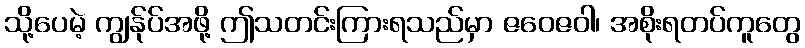
သို့ပေမဲ့ ကျွန်ုပ်အဖို့ ဤသတင်းကြားရသည်မှာ ဇဝေဇဝါ၊ အစိုးရတပ်ကူတွေ